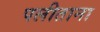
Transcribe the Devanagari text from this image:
पलीताना